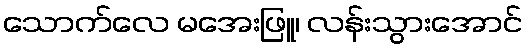
သောက်လေ မအေးဖြူ၊ လန်းသွားအောင်